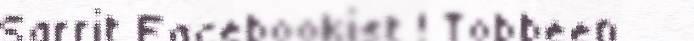
Sarrit Facebookist ! Tobbeen